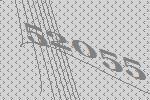
52055